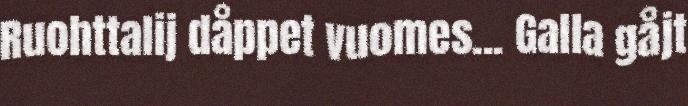
Ruohttalij dåppet vuomes... Galla gåjt